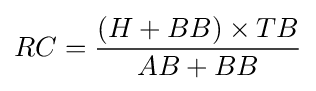
RC={\frac {(H+BB)\times TB}{AB+BB}}